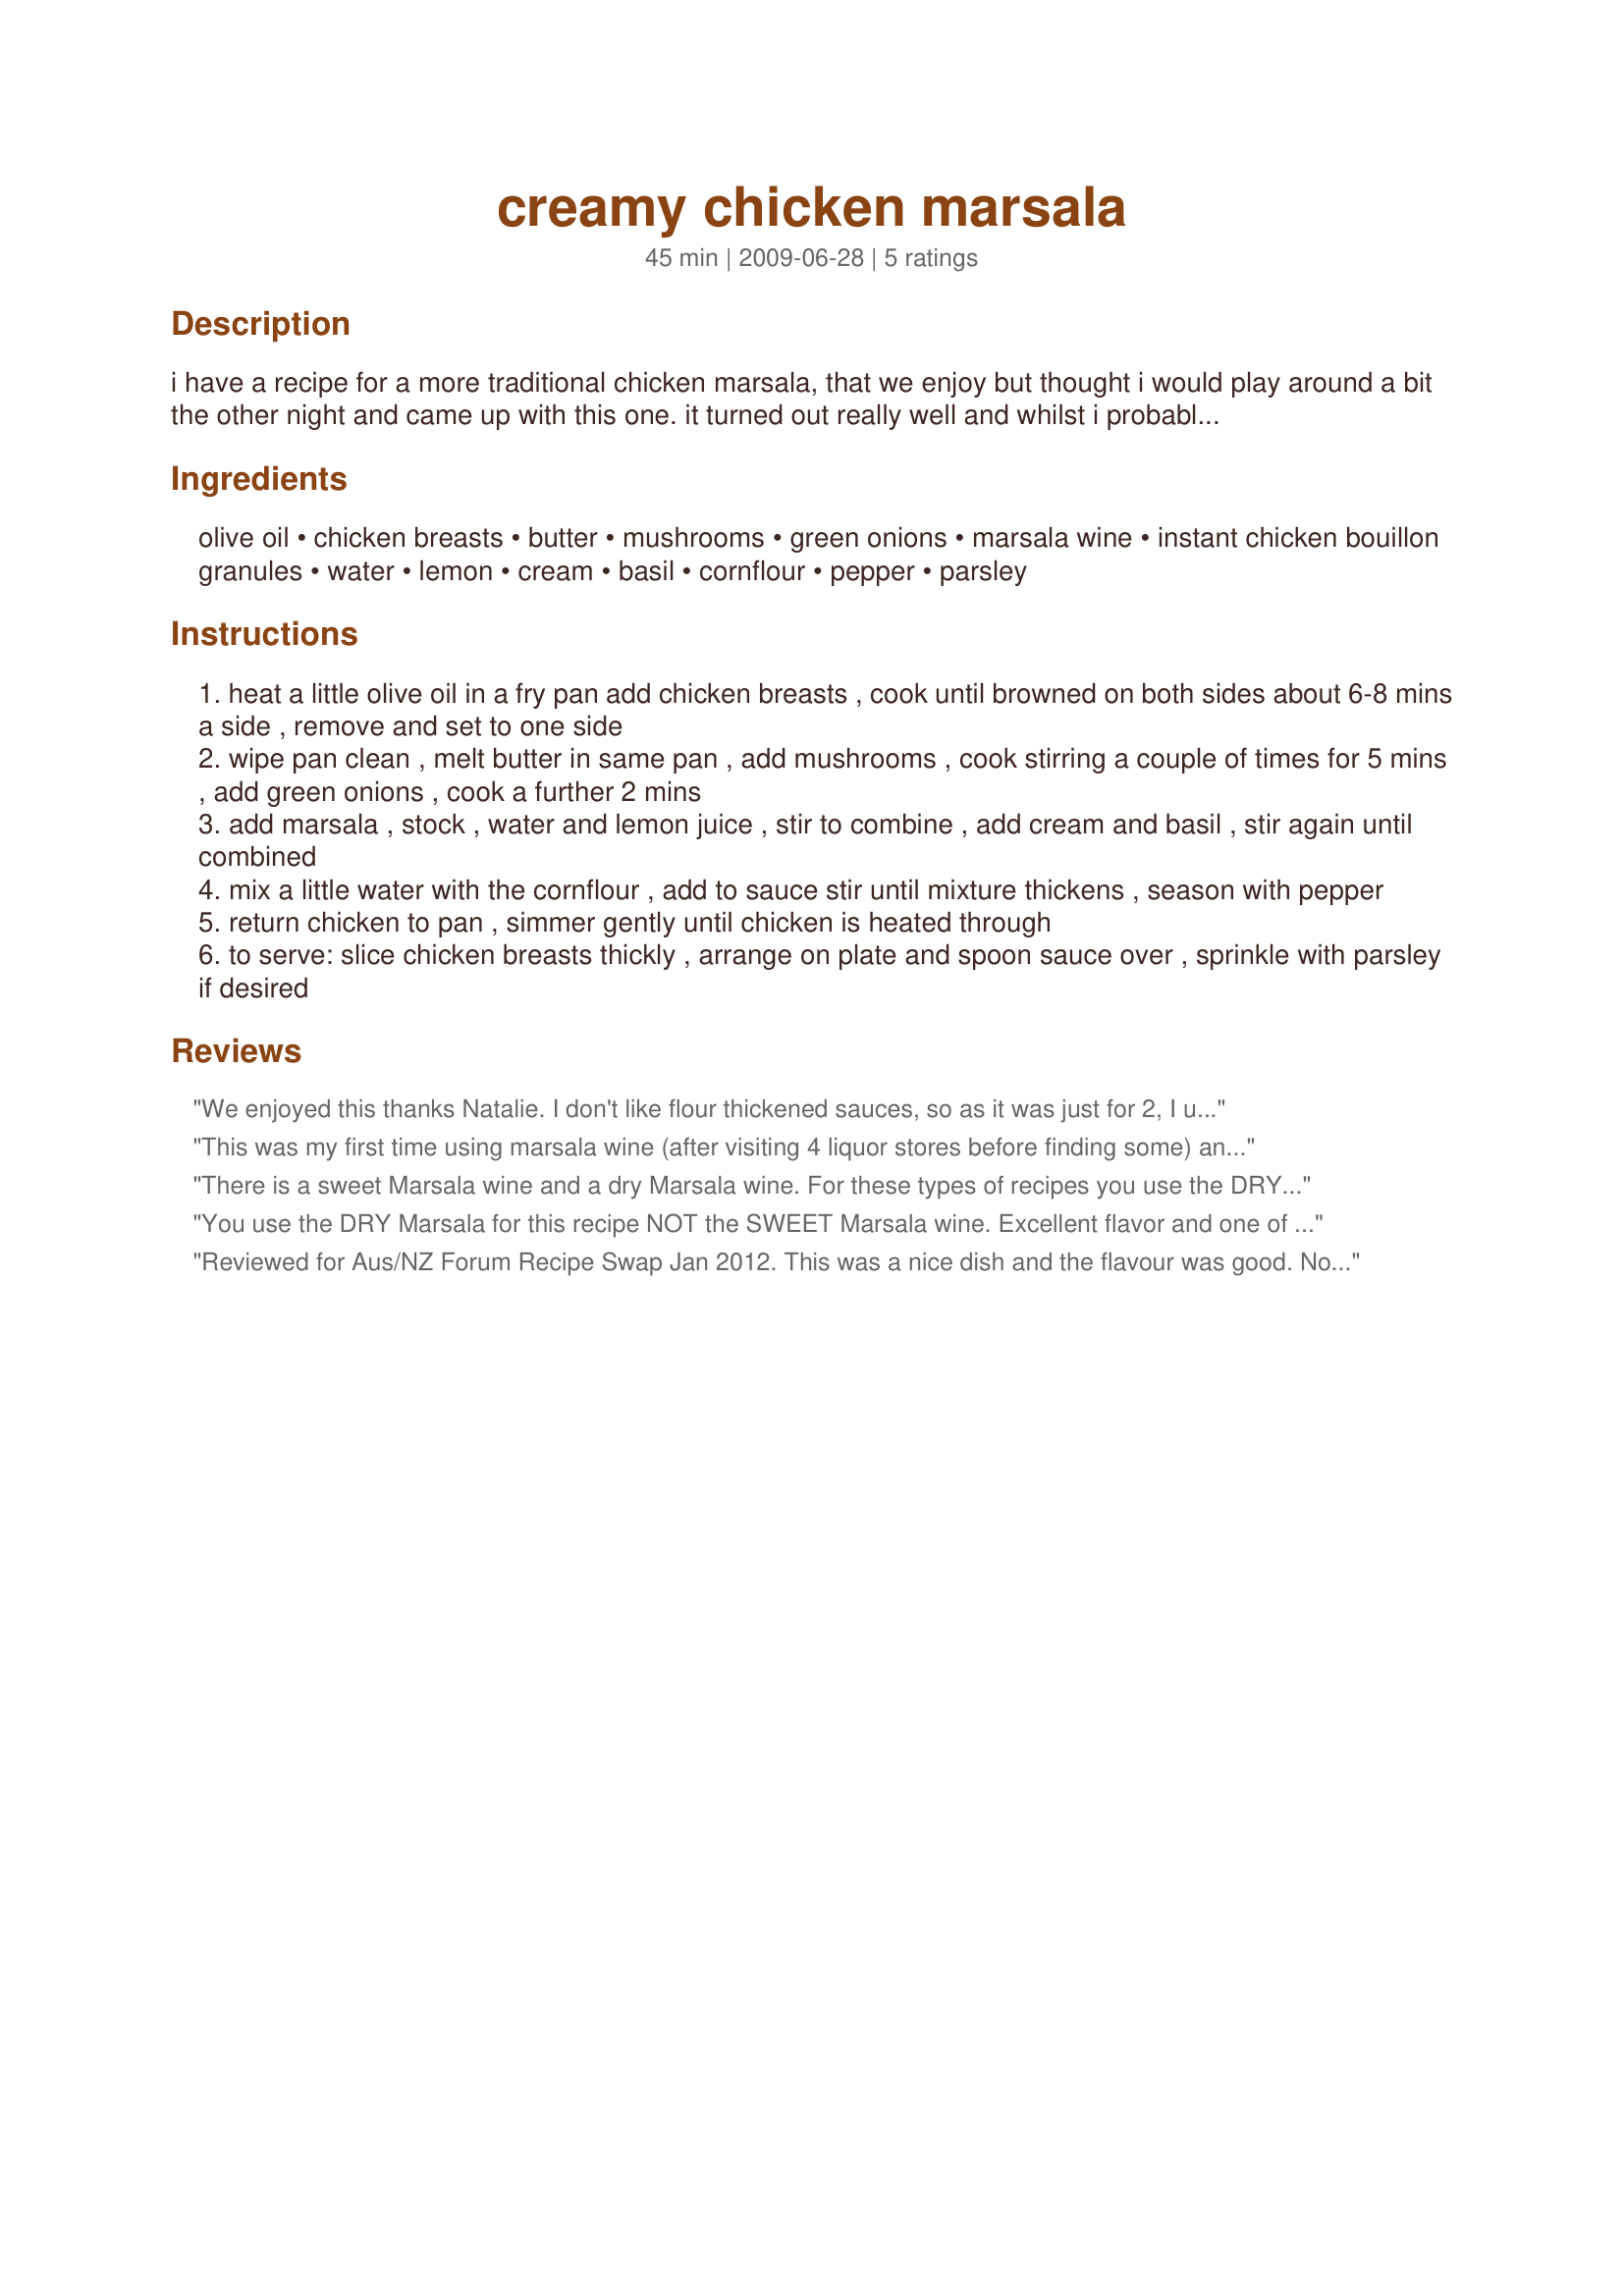
creamy chicken marsala
Preparation time: 45 minutes

i have a recipe for a more traditional chicken marsala, that we enjoy but thought i would play around a bit the other night and came up with this one. it turned out really well and whilst i probably still prefer the more traditional recipe this make a nice change. i made this for just 2 of us but the sauce ingredients would make enough for 3 people and would probably stretch to 4 servings if you do not like things very sauce as we do. i served ours over wild rice and asparagus so we enjoyed the extra sauce over the rice.

Ingredients:
olive oil, chicken breasts, butter, mushrooms, green onions, marsala wine, instant chicken bouillon granules, water, lemon, cream, basil, cornflour, pepper, parsley

Steps:
heat a little olive oil in a fry pan add chicken breasts , cook until browned on both sides about 6-8 mins a side , remove and set to one side
wipe pan clean , melt butter in same pan , add mushrooms , cook stirring a couple of times for 5 mins , add green onions , cook a further 2 mins
add marsala , stock , water and lemon juice , stir to combine , add cream and basil , stir again until combined
mix a little water with the cornflour , add to sauce stir until mixture thickens , season with pepper
return chicken to pan , simmer gently until chicken is heated through
to serve: slice chicken breasts thickly , arrange on plate and spoon sauce over , sprinkle with parsley if desired

Reviews:
We enjoyed this thanks Natalie. I don't like flour thickened sauces, so as it was just for 2, I used 1/2 a cup of water, a teaspoon of chicken stock powder and let the sauce reduce until it was a nice consistency. I liked the lemon in there to cut the sweetness of the marsala and really enjoyed the basil. It was like a trip back to a 70's dinner party and just great on a cold winter's night.
This was my first time using marsala wine (after visiting 4 liquor stores before finding some) and I assume this is what attributed to the sweetness of the recipe - which was a little too sweet for us - that said I would halve the marsala and use the juice of a whole lemon to bring the tartness through. I had 5 boneless, skinless chicken breasts with a total weight of 770g, so thinking that they may be on the small side I only allowed 4 minutes per side and when I went to put them back in the sauce (which I may add for 4 of us there was heaps, have about a 1 cup left over, which I plan of blitzing and adding some more cooked vegetables to and serving to the DM as soup - she loved the sauce), therefore the breasts took a full 10 to 12 minutes to finish cooking through but were still tender and moist. Served with mashed potato and steamed vegetables. Thank you The Flying Chef, made for Edition 8 - Make My Recipe.
There is a sweet Marsala wine and a dry Marsala wine. For these types of recipes you use the DRY Marsala wine! This is an outstanding recipe that I will make many times over, and especially when I want something easy yet elegant to WOW my guests!
You use the DRY Marsala for this recipe NOT the SWEET Marsala wine. Excellent flavor and one of the best chicken recipes we have had in a long time!
Reviewed for Aus/NZ Forum Recipe Swap Jan 2012. This was a nice dish and the flavour was good. Not quite sure what happened...but the cream seemed to seperate a little...but still tasted great in the sauce. Served with some baked baby taters and a cob of fresh corn. Photo also to be posted
